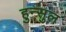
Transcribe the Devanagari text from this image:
हुन्सुल